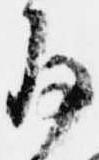
存